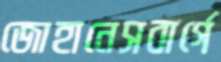
জোহানেসবার্গে